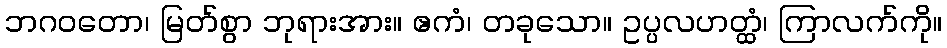
ဘဂဝတော၊ မြတ်စွာ ဘုရားအား။ ဧကံ၊ တခုသော။ ဥပ္ပလဟတ္ထံ၊ ကြာလက်ကို။